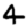
Digit: 4